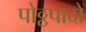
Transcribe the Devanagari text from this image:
पोठ्ठपादो